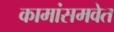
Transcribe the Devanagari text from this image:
कामांसमवेत